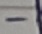
Text: -